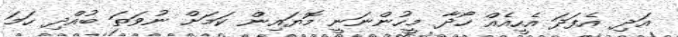
އަދި އެފަދަ އެހީއެއް ހޯދާ މީހުންނަނީ މޮޔައިން ކަމަށް ނުވަތަ ބުއްދި ހަމަ